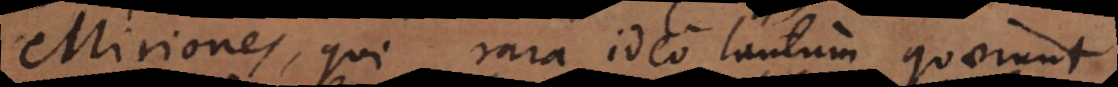
Miriones, qui rara ideo tantum quaerunt,